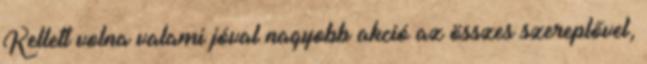
Kellett volna valami jóval nagyobb akció az összes szereplővel,